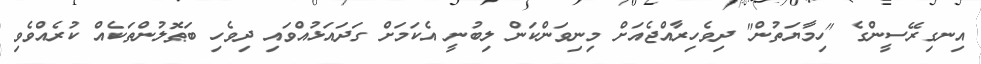
އިނގިރޭސީންގެ "ހިމާޔަތުން" ދިވެހިރާއްޖެއަށް މިނިވަންކަން ލިބުނީ އެކަމަށް ގަދައަޅުއްވައި ދިވެހި ބަޠޮލުންތަކެއް ކުރެއްވެވި